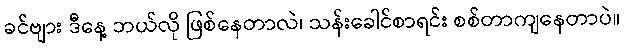
ခင်ဗျား ဒီနေ့ ဘယ်လို ဖြစ်နေတာလဲ၊ သန်းခေါင်စာရင်း စစ်တာကျနေတာပဲ။